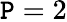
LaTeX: \mathtt{P}=2